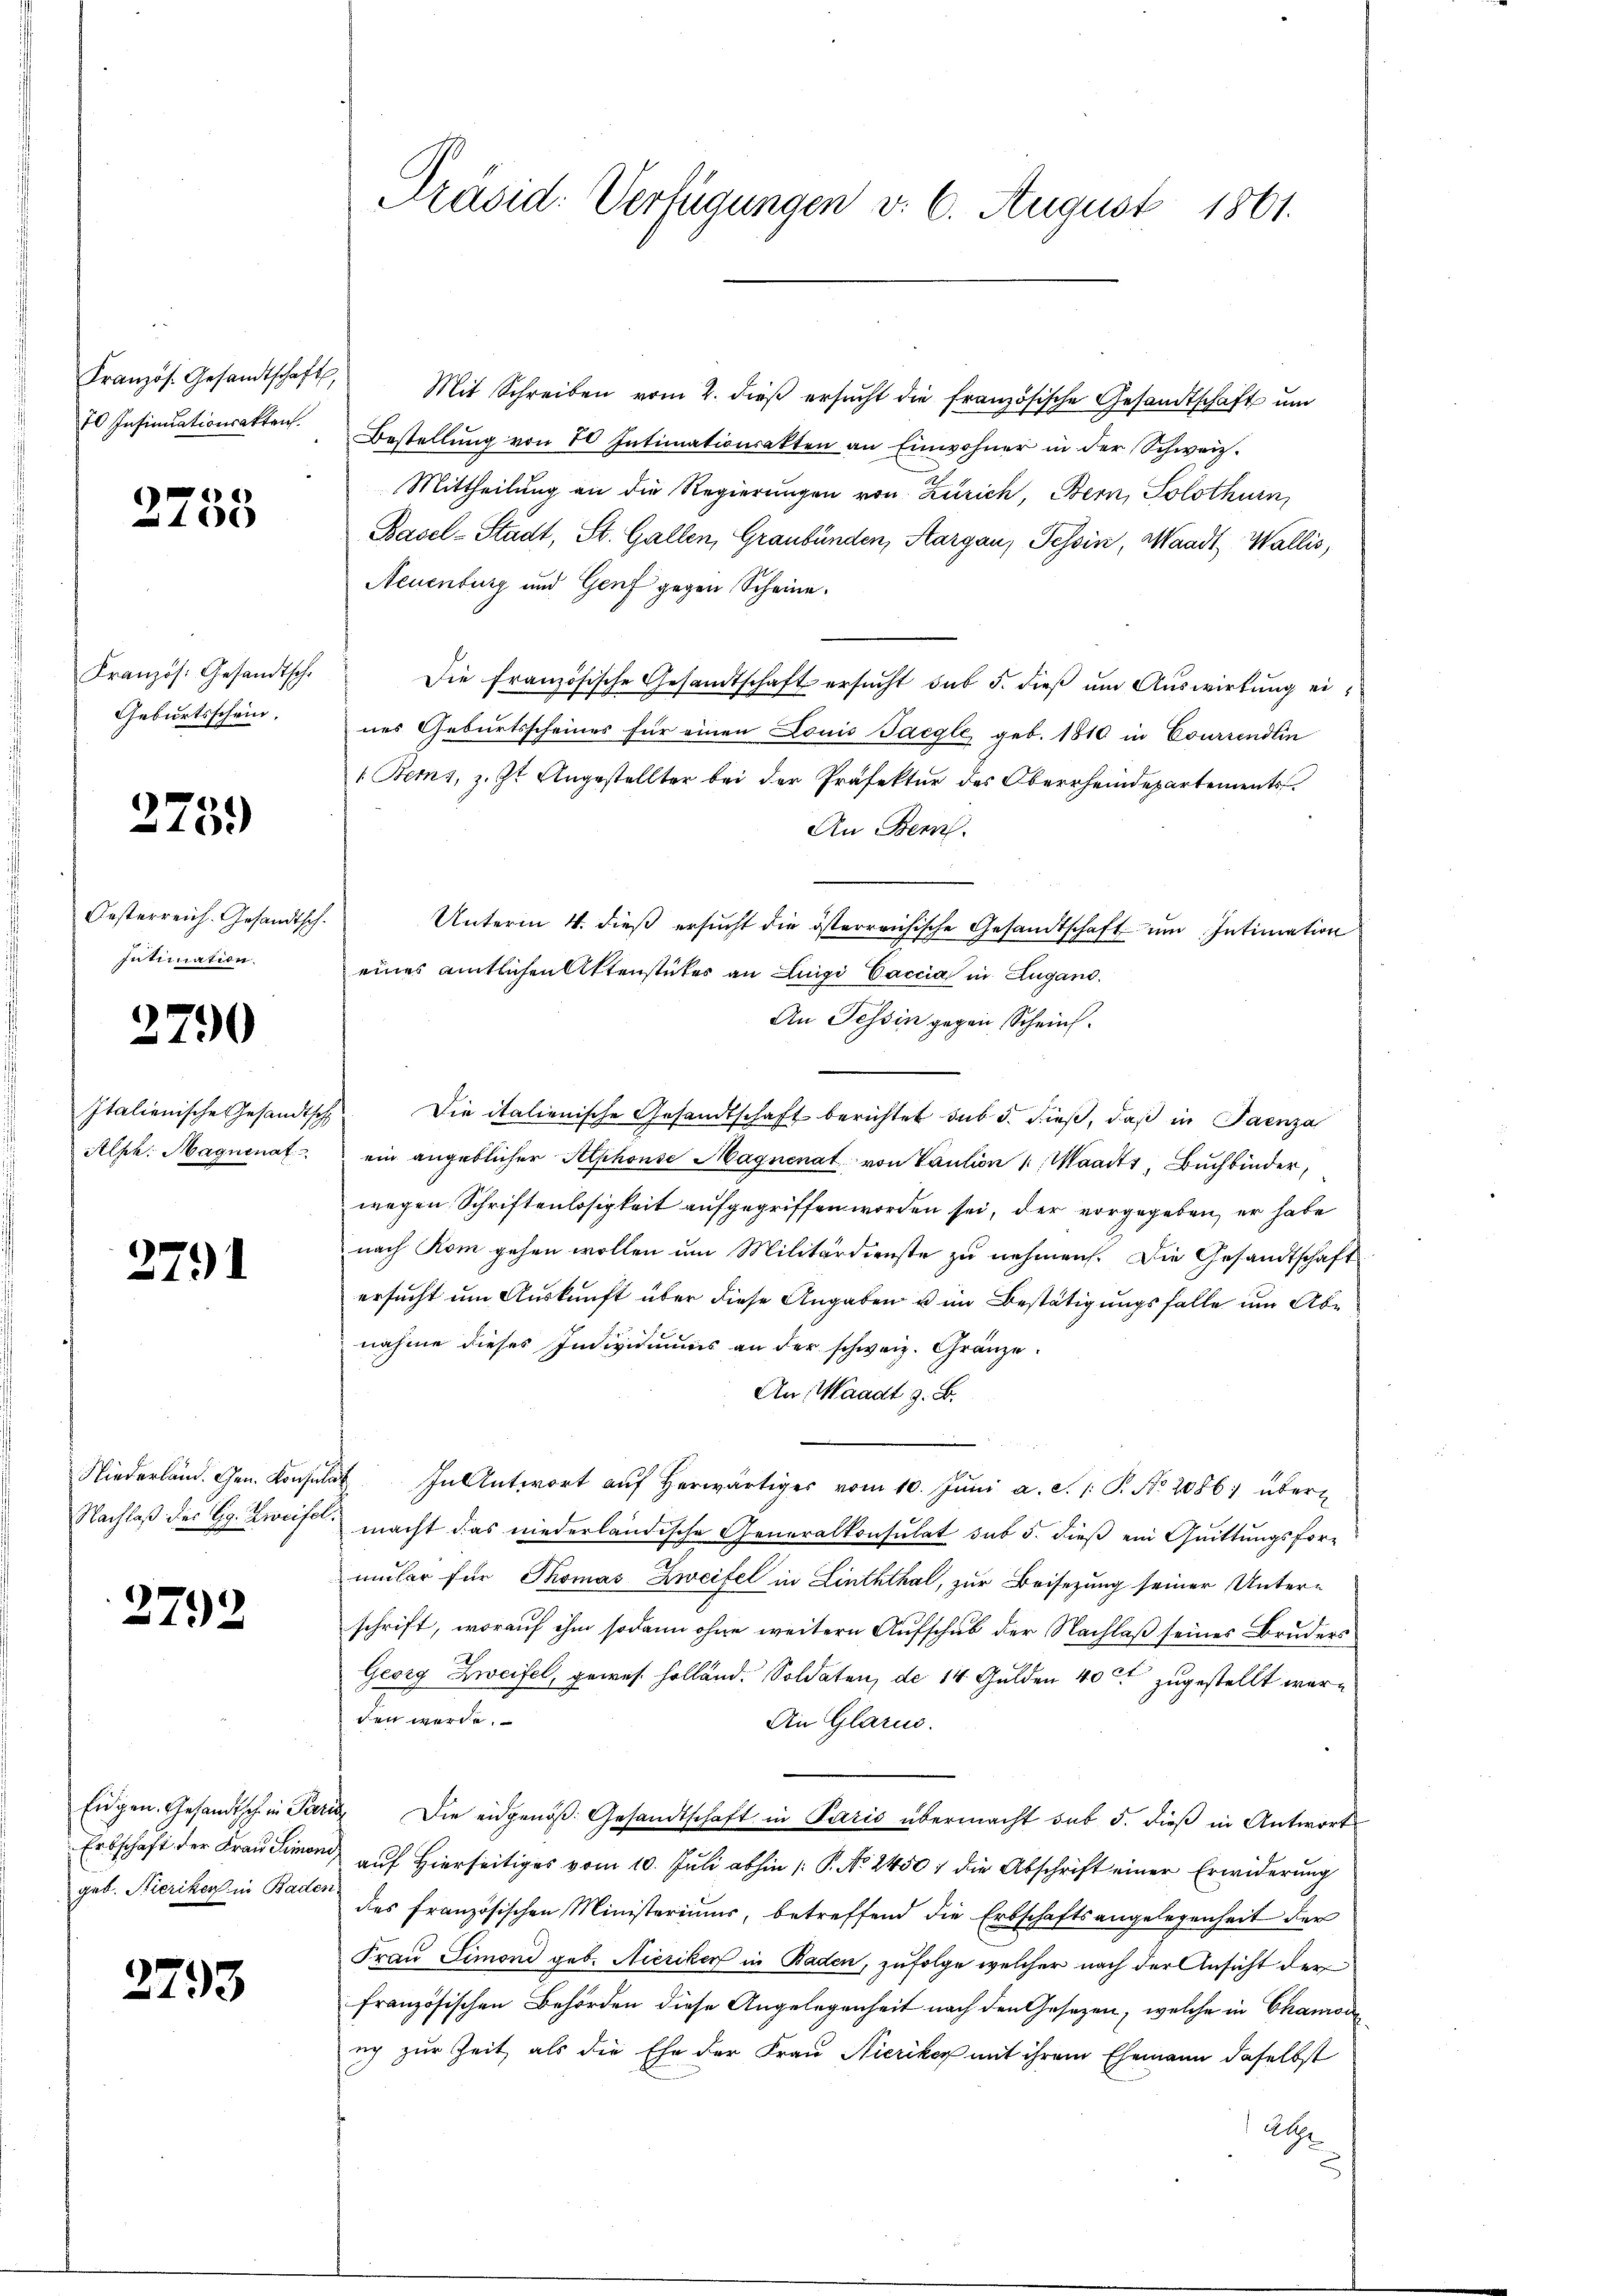
70 Insinuationsakten.

2758

Kranzös. Gesandtsch
Geburtsschein.

2751)

Oesterreich. Gesandtsch.
Intimation.

2790

Italienische Gesandtsch
Alph. Magninat

279

Niederland. Ehen Konsen
Nachlaß der Gg. Zweifer

2792

Eidgen. Gesandtsch in Par
geb. Hieriken in Baden

2793

Präsid. Verfügungen v. 6. August 1861.

Französ. Gesandtschaft Mit Schreiben vom 2. dieβ ersŭcht die französische Gesandtschaft ŭm
Bestellŭng von 70 Intimationsakten an Einwohner in der Schweiz.
Mittheilung an die Regierungen von Zürich, Bern, Solothurn,
Basel-Stadt, St. Gallen, Graubünden, Aargau, Tessin, Waadt, Wallis,
Neuenburg und Genf gegen Scheine.
Die Französische Gesandtschaft ersŭcht sub 5. dieβ ŭm Aŭswirkung eines Geburtsscheines für einen Louis Tacgle, geb. 1810 in Courrendlin
1 Bems, z. Zt. Angestellter bei der Präfektur des Oberrheindepartements
An Bern.
Unterm 4. dieß ersucht die österreichische Gesandtschaft um Intimation
eines amtlichen Aktenstückes an Luigi Caccia in Zugano.
An Tessin gegen Scheins.
Die italienische Gesandtschaft berichtet sub 5. dieß, daß in Jaenza
ein angeblicher Alphonse Magnenat von Vaution Waadt, Buchbinder,
wegen Schriftenlosigkeit aufgegriffen worden sei, der vorgegeben, er habe
nach Rom gehen wollen um Militärdienste zu nehmen. Die Gesandtschaft
ersucht um Auskunft über diese Angaben u im Bestätigungsfalle um Abe
nahme dieses Individuums an der schweiz. Gränze.
An, Waadt z. B.
 In Antwort aŭf herwärtiges vom 10. Jŭni a. d. 1. P. No. 2086) übermacht das niederländische Generalkonsulat sub 5. dieß ein Quittungsformular für Thomas Zweifel in Linththal, zur Beisezung seiner Unterschrift, worauf ihm sodann ohne weitern Aufschub der Nachlaß seines Bruders
Georg Zweifel, gewes. Holland. Soldaten, de 14 Gulden 40 rt zugestellt werden werde.
An Glarus.
u. Die eidgenöß: Gesandtschaft in Paris übermacht sub 5. dieß in Antwort
Erbschaft der Frau Simon auf hierseitig vom 10. Juli abhin /: P. No. 2450 die Abschrift einer Erwiderung
des französischen Ministeriums, betreffend die Erbschaftsangelegenheit der
Frau Simoni geb. Nieriker in Baden, zufolge welcher nach der Ansicht der
französischen Behörden diese Angelegenheit nach den Gesetzen, welche in Chamodi
ech zur Zeit, als die Ehe der Frau Nicriker mit ihrem Ehemann daselbst
Alge